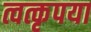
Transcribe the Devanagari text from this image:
त्वत्कृपया